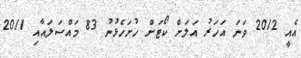
އެއީ 2012 ވަނަ އަހަރު އަލަށް ކޯޓަށް ހުށަހެޅުނު 83 މައްސަލައާއި 2011